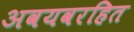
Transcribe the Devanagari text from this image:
अवयवरहित